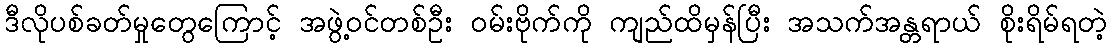
ဒီလိုပစ်ခတ်မှုတွေကြောင့် အဖွဲ့ဝင်တစ်ဦး ဝမ်းဗိုက်ကို ကျည်ထိမှန်ပြီး အသက်အန္တရာယ် စိုးရိမ်ရတဲ့